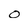
Character: o